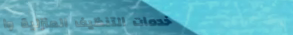
خدمات التنظيف المنزلية وا